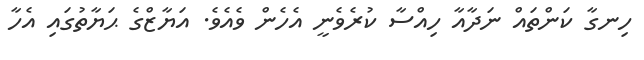
ހިނގާ ކަންތައް ނަދާއާ ހިއްސާ ކުރެވެނީ އެހެން ވެއެވެ. އަޔާޒްގެ ޙަޔާތުގައި އެހާ